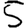
Digit: 5